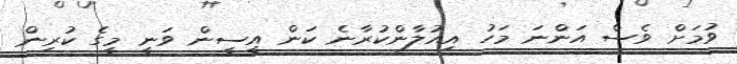
ވުމަށް ވެސް އަންނަ މަހު އިއުލާންކުރާނެ ކަން އީސީން ވަނީ މީގެ ކުރިން